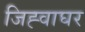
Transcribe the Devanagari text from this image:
जिह्वाघर